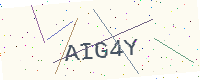
Text: AIG4Y